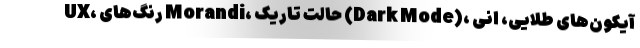
UX، رنگ‌های Morandi، حالت تاریک (Dark Mode)، آیکون‌های طلایی، انی